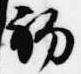
初